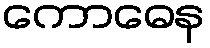
ကောဓေန